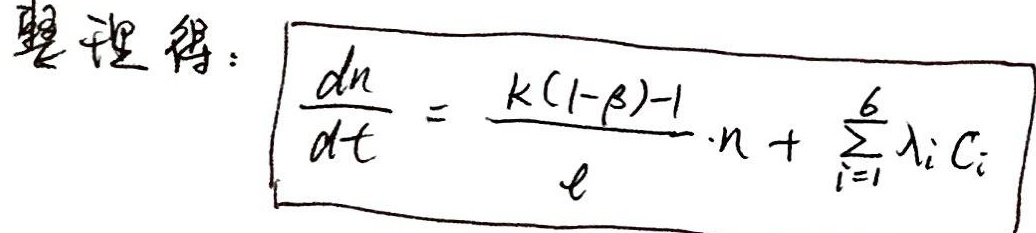
整理得：
\[\frac{dn}{dt} = \frac{k(1 - \beta)-1}{\ell}\cdot n+\sum_{i = 1}^{6}\lambda_i C_i\]